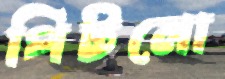
পিটনো